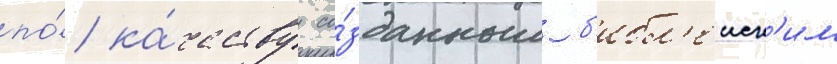
по́ ка́честву со́зданным б'ибл'еиск'им